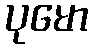
ပုမော